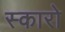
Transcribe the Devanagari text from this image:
स्कारो